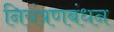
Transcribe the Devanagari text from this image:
नियंत्रणबंधन